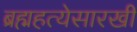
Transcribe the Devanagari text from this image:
ब्रह्महत्येसारखी